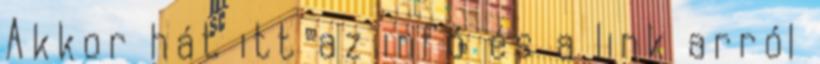
Akkor hát itt az infó és a link arról